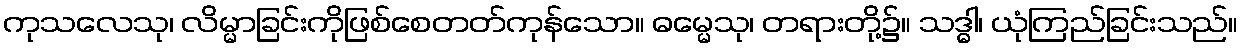
ကုသလေသု၊ လိမ္မာခြင်းကိုဖြစ်စေတတ်ကုန်သော။ ဓမ္မေသု၊ တရားတို့၌။ သဒ္ဓါ၊ ယုံကြည်ခြင်းသည်။